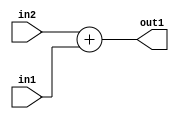
`timescale 1ps / 1ps
/*****************************************************************************
    Verilog RTL Description
    
    
    Created by: Stratus DpOpt 2019.1.01 
*******************************************************************************/

module SobelFilter_Add_19Ux16U_19U_1 (
	in2,
	in1,
	out1
	); /* architecture "behavioural" */ 
input [18:0] in2;
input [15:0] in1;
output [18:0] out1;
wire [18:0] asc001;

assign asc001 = 
	+(in2)
	+(in1);

assign out1 = asc001;
endmodule

/* CADENCE  ubH5QwE= : u9/ySgnWtBlWxVPRXgAZ4Og= ** DO NOT EDIT THIS LINE ******/